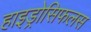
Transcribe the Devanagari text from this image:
हाइड्रोसिफलस